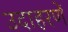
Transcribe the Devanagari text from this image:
उदाहरणें